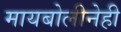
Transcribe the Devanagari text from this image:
मायबोलीनेही